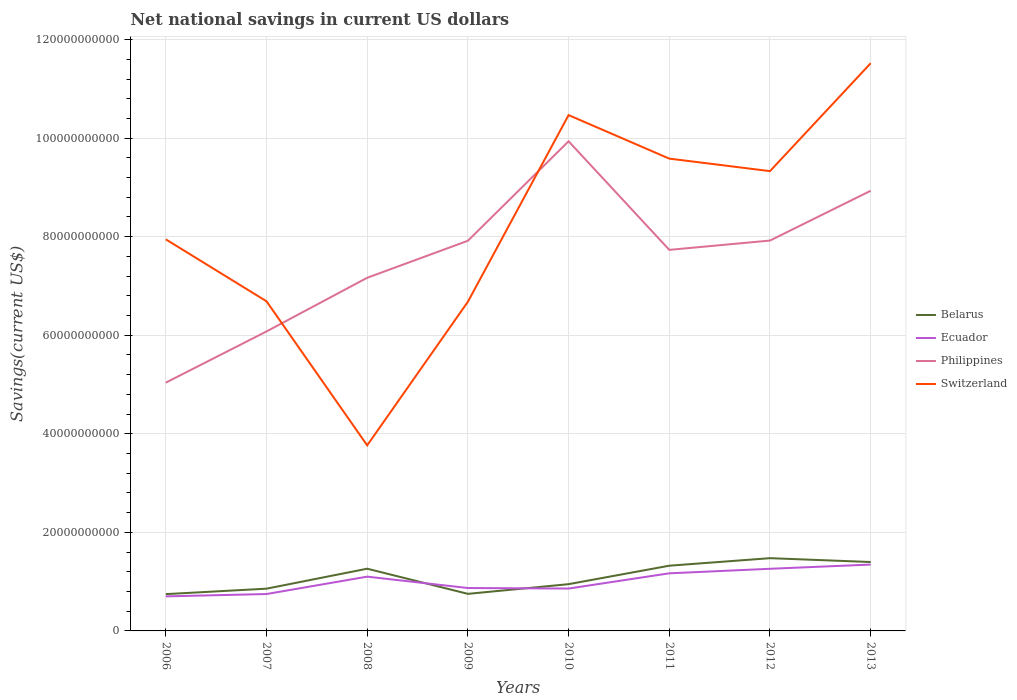
| Years | Belarus | Ecuador | Philippines | Switzerland |
 | --- | --- | --- | --- | --- |
 | 2006 | 7.47e+09 | 7.01e+09 | 5.04e+10 | 7.95e+10 |
 | 2007 | 8.57e+09 | 7.48e+09 | 6.08e+10 | 6.69e+10 |
 | 2008 | 1.26e+10 | 1.1e+10 | 7.17e+10 | 3.77e+10 |
 | 2009 | 7.52e+09 | 8.71e+09 | 7.92e+10 | 6.68e+10 |
 | 2010 | 9.49e+09 | 8.6e+09 | 9.94e+10 | 1.05e+11 |
 | 2011 | 1.32e+10 | 1.17e+10 | 7.73e+10 | 9.58e+10 |
 | 2012 | 1.48e+10 | 1.26e+10 | 7.92e+10 | 9.33e+10 |
 | 2013 | 1.4e+10 | 1.35e+10 | 8.93e+10 | 1.15e+11 |